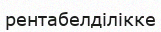
рентабелділікке